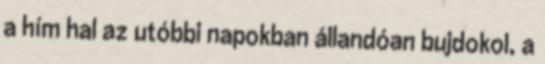
a hím hal az utóbbi napokban állandóan bujdokol, a